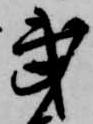
武